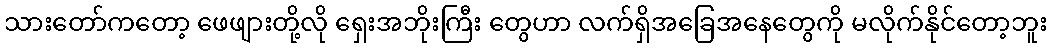
သားတော်ကတော့ ဖေဖျားတို့လို ရှေးအဘိုးကြီး တွေဟာ လက်ရှိအခြေအနေတွေကို မလိုက်နိုင်တော့ဘူး